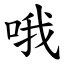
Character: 哦